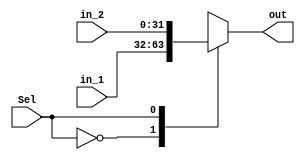
module multiplexer21
    #(parameter WIDTH = 32)
    (input [WIDTH-1:0] in_1, in_2,
    input Sel,
    output reg [WIDTH-1:0]  out
);

    always @(*)begin
        case(Sel)
            1'b0: out = in_1;
            1'b1: out = in_2;
        endcase
    end


endmodule